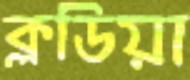
ক্লডিয়া